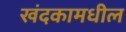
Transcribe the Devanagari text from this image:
खंदकामधील